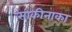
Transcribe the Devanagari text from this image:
साकीनाका